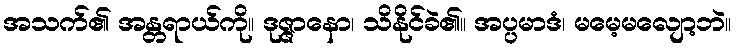
အသက်၏ အန္တရာယ်ကို။ ဒုဇ္ဇာနော၊ သိနိုင်ခဲ၏။ အပ္ပမာဒံ၊ မမေ့မလျော့ဘဲ။